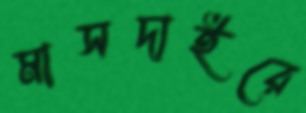
মাসদাইরে